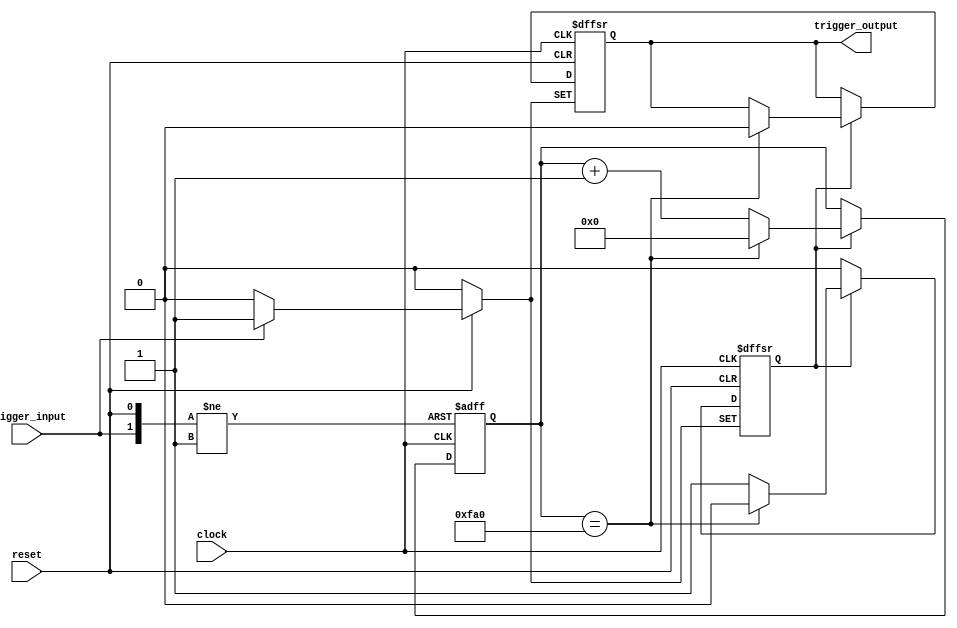
///////////////////////////////////////////////////////////////////////////////////////////////////
// Company: <Name>
//
// File history:
//      <Revision number>: <Date>: <Comments>
//      <Revision number>: <Date>: <Comments>
//      <Revision number>: <Date>: <Comments>
//
// Description: 
//
// <Description here>
//
// Targeted device: <Family::IGLOO> <Die::AGLN250V2> <Package::100 VQFP>
//
/////////////////////////////////////////////////////////////////////////////////////////////////// 
//`timescale <time_units> / <precision>

module sigen_trigger( clock, reset, trigger_input, trigger_output );
input clock, reset, trigger_input;
output reg trigger_output;

reg[15:0] clock_counter;
reg trigger_flag;

always @(posedge clock or negedge reset or posedge trigger_input)
begin
    if (~reset)
    begin
        trigger_output <= 0;
        clock_counter <= 0;
        trigger_flag <= 0;
    end
    else if (trigger_input)
    begin
        clock_counter <= 0;
        trigger_flag <= 1;
        trigger_output <= 1;
    end
    else
    begin
        if (trigger_flag==1'b1)
        begin
            clock_counter <= clock_counter+1;
            if (clock_counter==16'h0FA0)
            begin
                trigger_output <= 0;
                trigger_flag <= 0;
                clock_counter <= 0;
            end
        end
    end    
end

endmodule